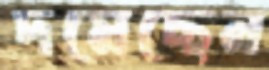
দমেছেন